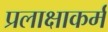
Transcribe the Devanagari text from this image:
प्रलाक्षाकर्म